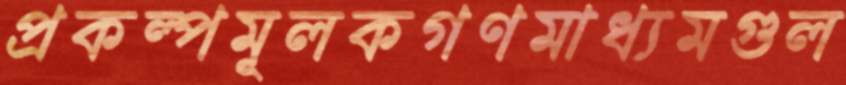
প্রকল্পমূলকগণমাধ্যমগুল